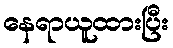
နေရာယူထားပြီး